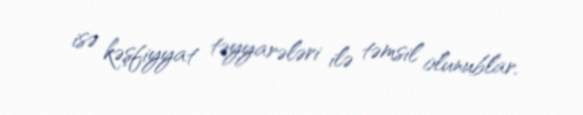
isə kəşfiyyat təyyarələri ilə təmsil olunublar.